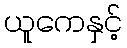
ယူကေနှင့်